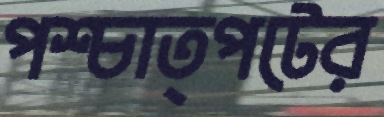
পশ্চাত্পটের